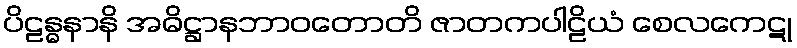
ပိဠန္ဓနာနိ အဓိဋ္ဌာနဘာဝတောတိ ဇာတကပါဠိယံ စေလကေဋု